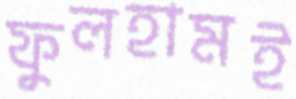
ফুলহামই